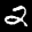
Label: 2